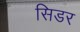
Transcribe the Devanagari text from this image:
सिडर